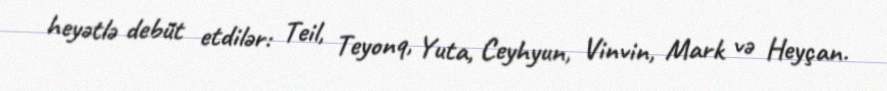
heyətlə debüt etdilər: Teil, Teyonq, Yuta, Ceyhyun, Vinvin, Mark və Heyçan.